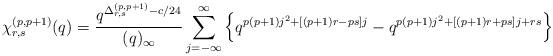
LaTeX: \begin{align*}\chi_{r,s}^{(p,p+1)}(q) = \frac{q^{\Delta_{r,s}^{(p,p+1)}-c/24}}{(q)_{\infty}}\sum_{j=-\infty}^{\infty}\left\{q^{p(p+1)j^2+[(p+1)r-ps]j}-q^{p(p+1)j^2+[(p+1)r+ps]j+rs} \right\}\end{align*}